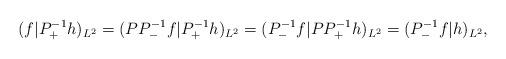
LaTeX: \begin{align*}( f | P_+^{-1} h )_{L^2}=( P P^{-1}_- f | P_+^{-1} h )_{L^2}=(P^{-1}_- f|P P_+^{-1}h)_{L^2}=(P^{-1}_- f|h)_{L^2},\end{align*}